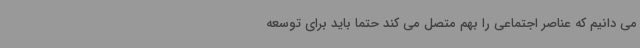
می دانیم که عناصر اجتماعی را بهم متصل می کند حتما باید برای توسعه